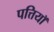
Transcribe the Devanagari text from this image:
पत्तियॉ